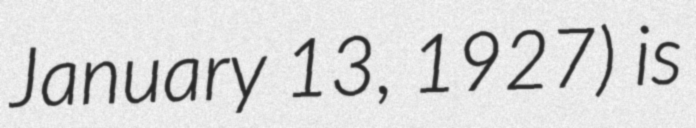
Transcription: January 13, 1927) is